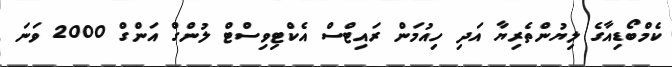
ކެމްބޯޑިއާގެ ލިޔުންތެރިޔާ އަދި ހިއުމަން ރައިޓްސް އެކްޓިވިސްޓް ލުންގް އަންގް 2000 ވަނަ